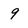
Character: 9